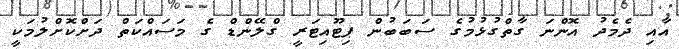
އާއި ދެމެދު އޮންނަ ގާތްގުޅުމުގެ ސަބަބުން ޕިޓޫއިޓަރީ ގްލޭންޑް ގެ މަސައްކަތް ދަށްކޮށްލުމަކީ